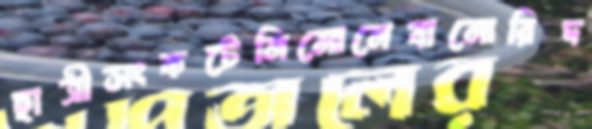
ছাত্রীসংকটেনিমোনেবানোরিদ